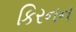
કિરનન